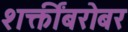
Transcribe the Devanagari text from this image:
शक्तींबरोबर